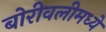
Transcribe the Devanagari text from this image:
बोरीवलीमध्ये